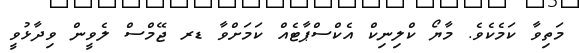
މަތިވާ ކަމެކެވެ. މާޔޯ ކްލިނިކް އެކްސްޕާޓެއް ކަމަށްވާ ޑރ ޖޭމްސް ލެވީން ވިދާޅުވީ